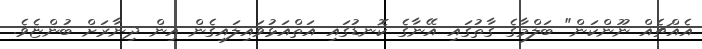
އެއްޗެއް ނޫންކަން" ބަލްމާގެ ގާތުގައި އޭނާގެ ކޮނޑުގައި އަތްއަޅުވައިލައިގެން އިން ދިނާރަށް ބުންޏެވެ.